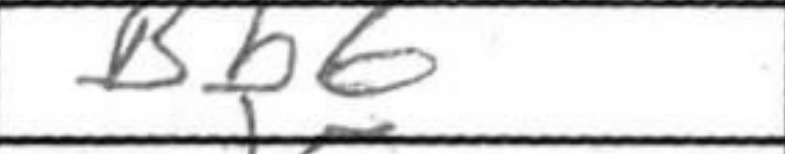
Transcription: Bb6